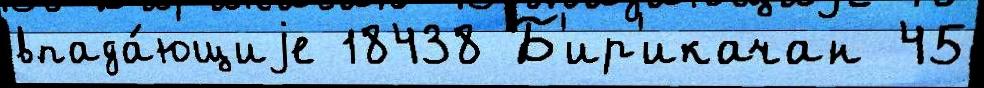
впада́ющиjе 18438 Б'ир'икачан 45